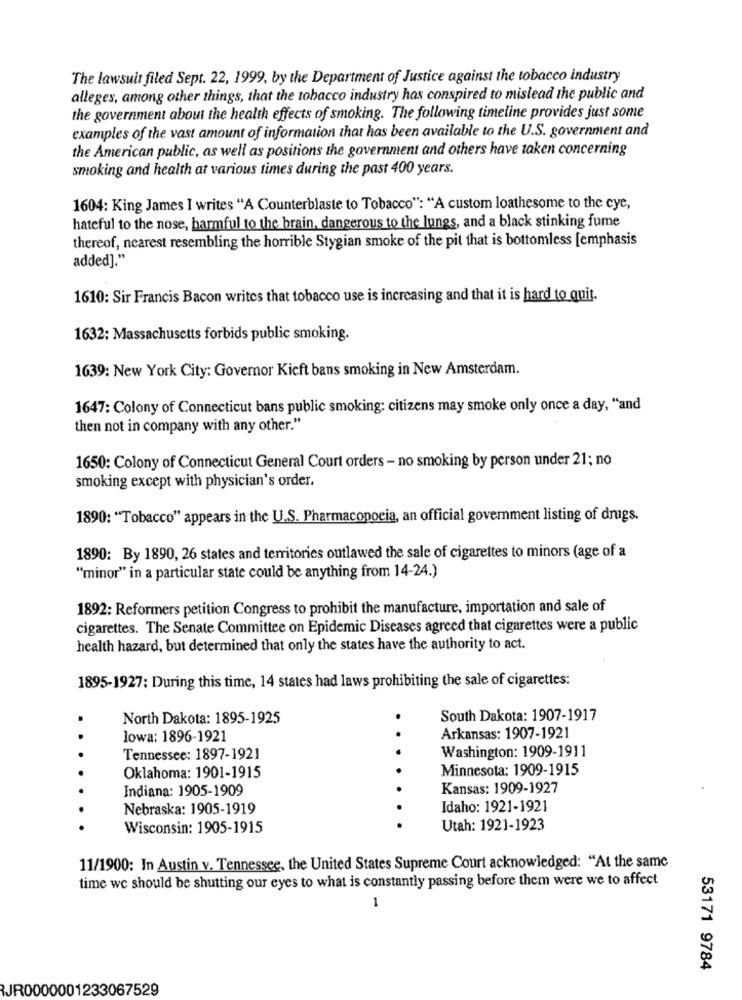
The lawsuit filed Sept. 22, 1999, by the Department of Justice against the tobacco industry
alleges, among other things, that the tobacco industry has conspired to mislead the public and
the government about the health effects of smoking. The following timeline provides just some
examples of the vast amount of information that has been available to the U.S. government and
the American public, as well as positions the government and others have taken concerning
smoking and health at various times during the past 400 years.
1604: King James I writes "A Counterblaste to Tobacco": "A custom loathesome to the cye,
hateful to the nose, harmful to the brain, dangerous to the lungs, and a black stinking fume
thereof, nearest resembling the horrible Stygian smoke of the pit that is bottomless [emphasis
added]."
1610: Sir Francis Bacon writes that tobacco use is increasing and that it is hard to quit.
1632; Massachusetts forbids public smoking.
1639: New York City: Governor Kieft bans smoking in New Amsterdam.
1647: Colony of Connecticut bans public smoking: citizens may smoke only once a day, "and
then not in company with any other."
1650: Colony of Connecticut General Court orders - no smoking by person under 21; no
smoking except with physician's order.
1890: "Tobacco" appears in the U.S. Pharmacopoeia, an official government listing of drugs.
1890: By 1890, 26 states and territories outlawed the sale of cigarettes to minors (age of a
"minor" in a particular state could be anything from 14-24.)
1892: Reformers petition Congress to prohibit the manufacture, importation and sale of
cigarettes. The Senate Committee on Epidemic Diseases agreed that cigarettes were a public
health hazard, but determined that only the states have the authority to act.
1895-1927: During this time, 14 states had laws prohibiting the sale of cigarettes:
North Dakota: 1895-1925
.
South Dakota: 1907-1917
.
lowa: 1896-1921
Arkansas: 1907-1921
Washington: 1909-1911
Tennessee: 1897-1921
Minnesota: 1909-1915
Oklahoma: 1901-1915
Indiana: 1905-1909
Kansas: 1909-1927
Nebraska: 1905-1919
Idaho: 1921-1921
Wisconsin: 1905-1915
Utah: 1921-1923
11/1900: In Austin v. Tennessee, the United States Supreme Court acknowledged: "At the same
time we should be shutting our eyes to what is constantly passing before them were we to affect
1
53171 9784
JR0000001233067529